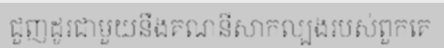
ជួញដូរជាមួយនឹងគណនីសាកល្បងរបស់ពួកគេ